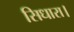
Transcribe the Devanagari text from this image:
सिधारा।